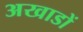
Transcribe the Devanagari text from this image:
अखाडों